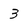
Character: 3